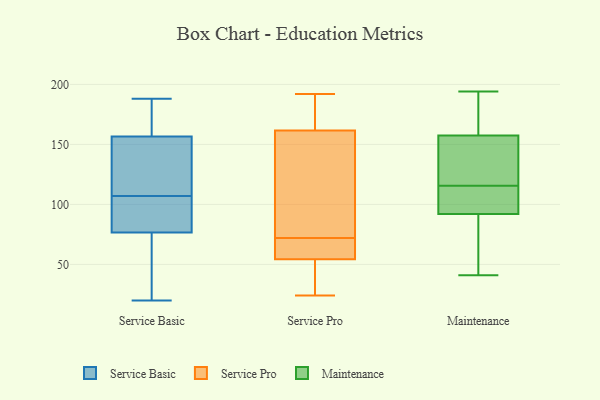
{"axis": {"x": "Latency (ms)", "y": "Value"}, "legend": ["Maintenance", "Service Basic", "Service Pro"], "data": [{"x": "", "y": 40, "type": "Service Basic"}, {"x": "", "y": 108, "type": "Service Basic"}, {"x": "", "y": 174, "type": "Service Basic"}, {"x": "", "y": 176, "type": "Service Basic"}, {"x": "", "y": 109, "type": "Service Basic"}, {"x": "", "y": 85, "type": "Service Basic"}, {"x": "", "y": 97, "type": "Service Basic"}, {"x": "", "y": 20, "type": "Service Basic"}, {"x": "", "y": 188, "type": "Service Basic"}, {"x": "", "y": 139, "type": "Service Basic"}, {"x": "", "y": 68, "type": "Service Basic"}, {"x": "", "y": 106, "type": "Service Basic"}, {"x": "", "y": 159, "type": "Service Pro"}, {"x": "", "y": 62, "type": "Service Pro"}, {"x": "", "y": 61, "type": "Service Pro"}, {"x": "", "y": 189, "type": "Service Pro"}, {"x": "", "y": 106, "type": "Service Pro"}, {"x": "", "y": 52, "type": "Service Pro"}, {"x": "", "y": 55, "type": "Service Pro"}, {"x": "", "y": 31, "type": "Service Pro"}, {"x": "", "y": 192, "type": "Service Pro"}, {"x": "", "y": 76, "type": "Service Pro"}, {"x": "", "y": 169, "type": "Service Pro"}, {"x": "", "y": 24, "type": "Service Pro"}, {"x": "", "y": 72, "type": "Service Pro"}, {"x": "", "y": 90, "type": "Maintenance"}, {"x": "", "y": 55, "type": "Maintenance"}, {"x": "", "y": 99, "type": "Maintenance"}, {"x": "", "y": 158, "type": "Maintenance"}, {"x": "", "y": 94, "type": "Maintenance"}, {"x": "", "y": 139, "type": "Maintenance"}, {"x": "", "y": 194, "type": "Maintenance"}, {"x": "", "y": 177, "type": "Maintenance"}, {"x": "", "y": 142, "type": "Maintenance"}, {"x": "", "y": 41, "type": "Maintenance"}, {"x": "", "y": 108, "type": "Maintenance"}, {"x": "", "y": 116, "type": "Maintenance"}, {"x": "", "y": 157, "type": "Maintenance"}, {"x": "", "y": 163, "type": "Maintenance"}, {"x": "", "y": 79, "type": "Maintenance"}, {"x": "", "y": 115, "type": "Maintenance"}]}